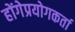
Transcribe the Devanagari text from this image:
होंगेप्रयोगकर्ता